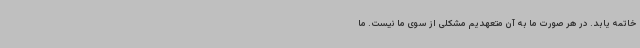
خاتمه یابد. در هر صورت ما به آن متعهدیم مشکلی از سوی ما نیست. ما